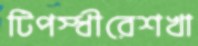
টিপস্ধীরেশখা